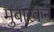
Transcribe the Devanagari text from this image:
मुबारकने